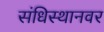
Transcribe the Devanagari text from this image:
संधिस्थानवर